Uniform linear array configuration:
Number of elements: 64
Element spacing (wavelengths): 0.25
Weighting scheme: exponential
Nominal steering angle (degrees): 0
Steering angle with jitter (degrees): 1.954
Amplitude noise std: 0.05
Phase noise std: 0.05

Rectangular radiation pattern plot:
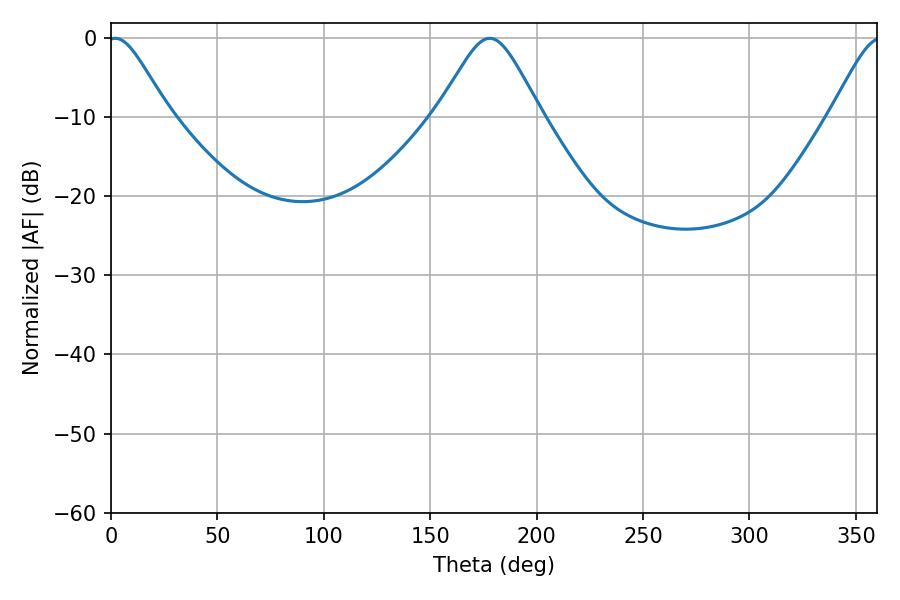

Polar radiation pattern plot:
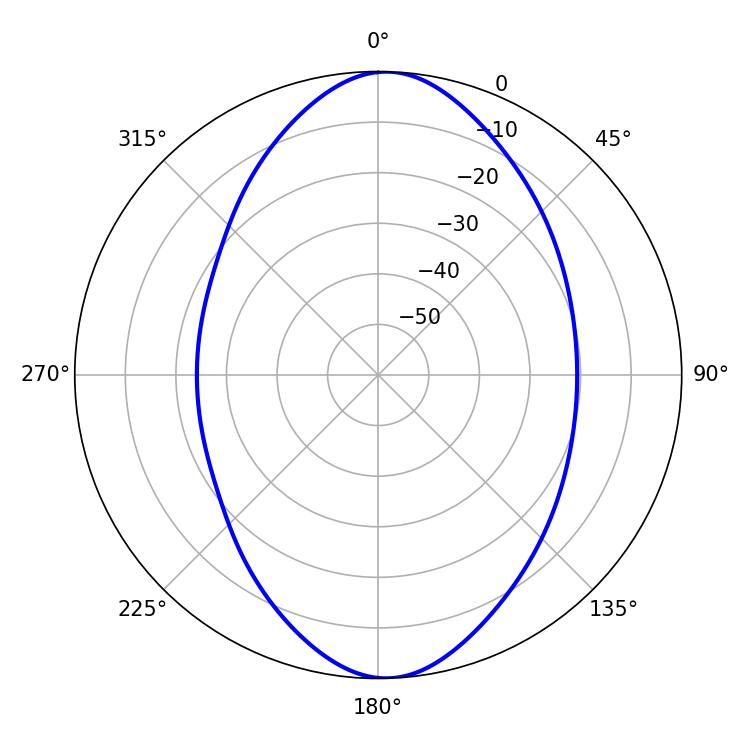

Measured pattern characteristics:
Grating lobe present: FALSE
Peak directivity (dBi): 15.546
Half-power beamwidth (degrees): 14.04
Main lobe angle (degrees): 1.98